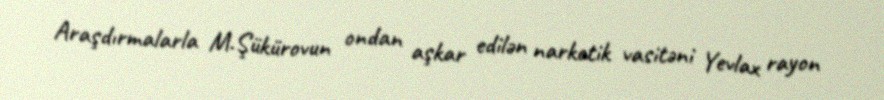
Araşdırmalarla M.Şükürovun ondan aşkar edilən narkotik vasitəni Yevlax rayon